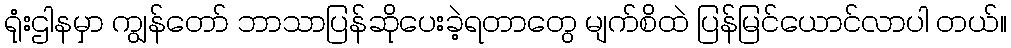
ရုံးဌါနမှာ ကျွန်တော် ဘာသာပြန်ဆိုပေးခဲ့ရတာတွေ မျက်စိထဲ ပြန်မြင်ယောင်လာပါ တယ်။